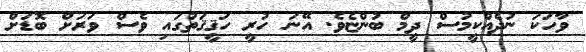
ވާހަކަ ނުދެއްކީމުސް ދީމް ބުންޏެވެ. އޭނަ ހުރީ ހަޤީޤަތުގައި ވެސް ވަރަށް ބޮޑަށް